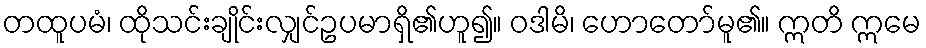
တထူပမံ၊ ထိုသင်းချိုင်းလျှင်ဥပမာရှိ၏ဟူ၍။ ဝဒါမိ၊ ဟောတော်မူ၏။ ဣတိ ဣမေ